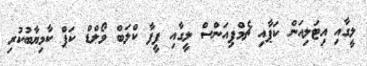
ލީގާއި އިޓަލިއަން ކަޕާއި ޗެމްޕިއަންސް ލީގާއި ފީފާ ކްލަބް ވޯލްޑް ކަޕް ކާމިޔާބުކުރި